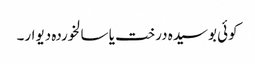
کوئی بوسیدہ درخت یا سالخوردہ دیوار۔